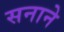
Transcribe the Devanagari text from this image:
सनाने